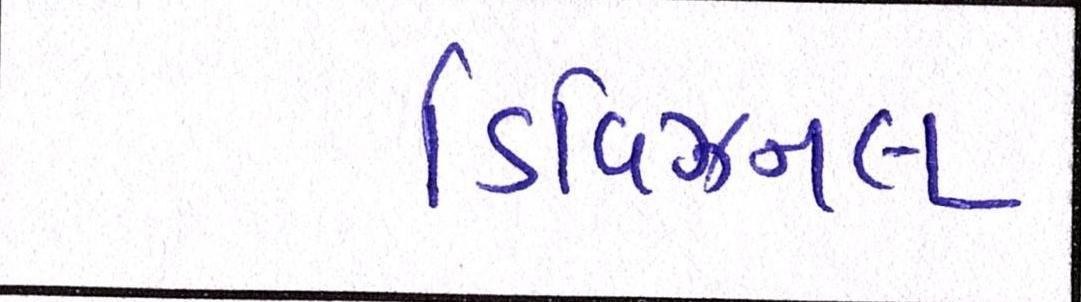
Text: ડિવિઝનલ